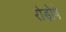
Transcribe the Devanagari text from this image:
रोड़ोषे